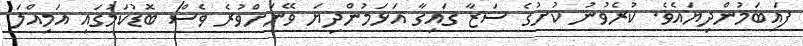
ފައިބަމުންދިޔައެވެ. ކުރެވުނު ކުށުގެ ސަޒާ ގައިގާ އަޅަމުންދިޔަ ވޭނަށްވުރެ ވެސް ބޮޑުކަމުގައި އަމިއްލަ